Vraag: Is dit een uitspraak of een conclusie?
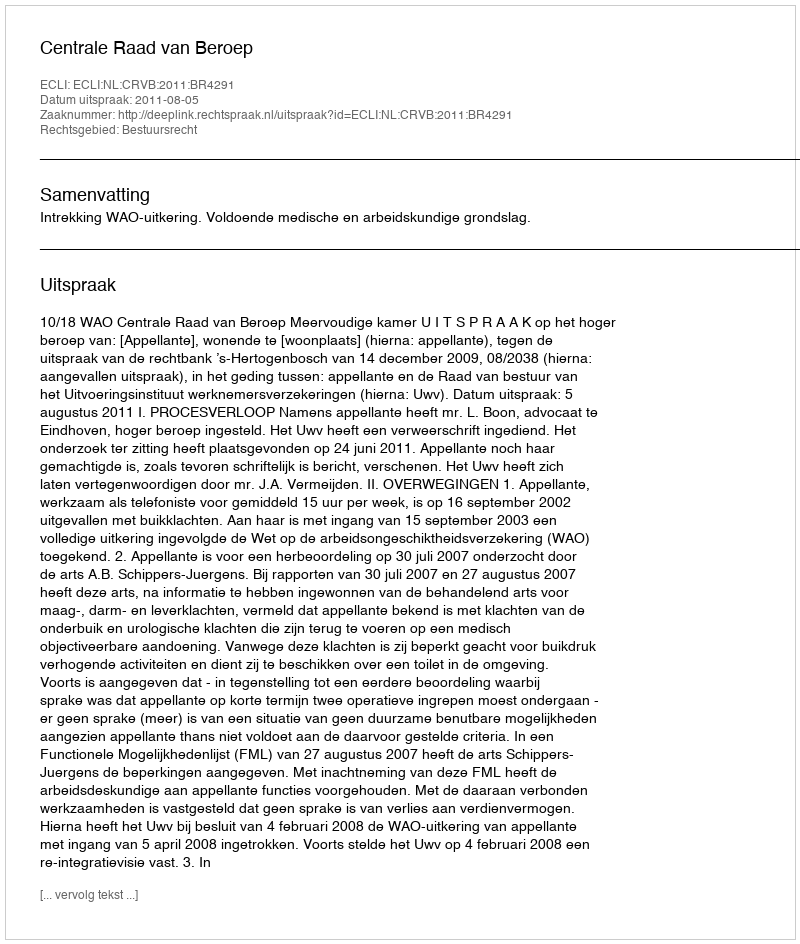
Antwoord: Uitspraak